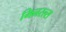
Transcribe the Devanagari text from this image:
मिनरल्‍स